Trukikaitis_Postimees, lk 50
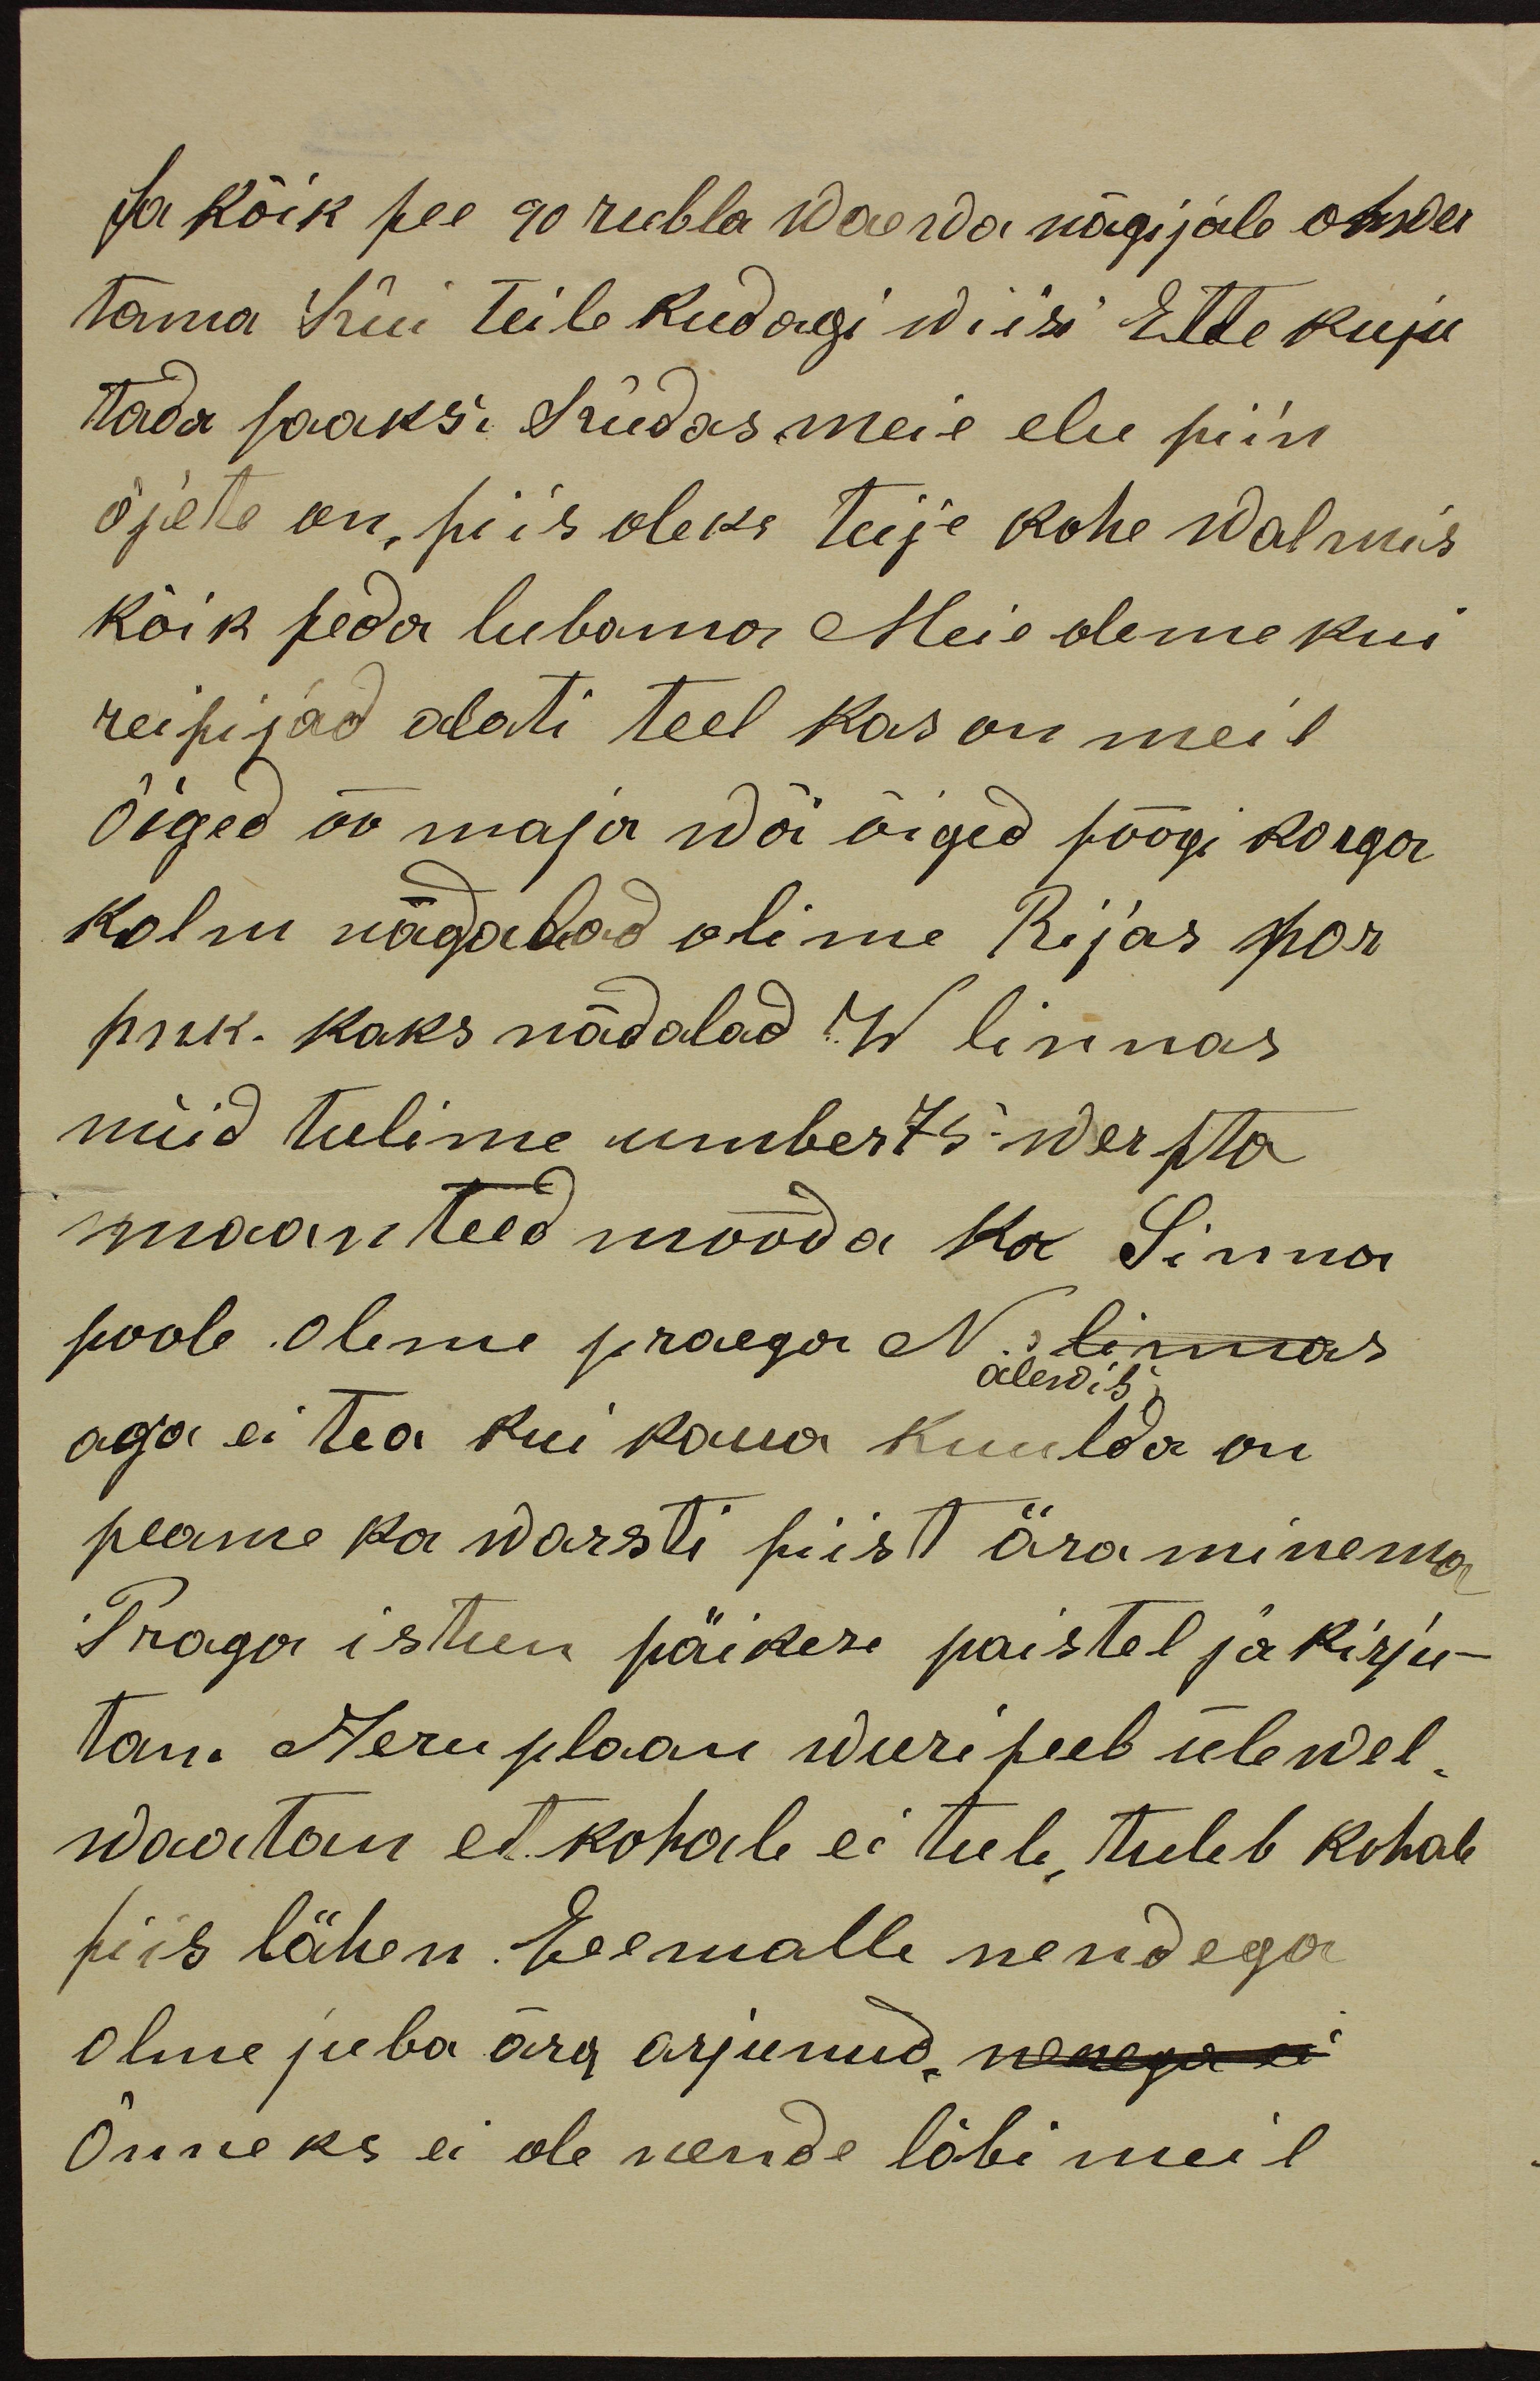
Ja kõik see 90 rubla waewa nägijale ohwer
tama Kui teile kudagi wiisi Ette kuju
tada saaks, Kudas meie elu siin
õjete on, siis oleks teije kohe walmis
kõik seda lubama Meie oleme kui
reisijad alati teel kas on meil
õiged öö maja wõi õiged söögi korga
kolm nädalad olime Rijas por
pnk. kaks nädalad W linnas
nüid tulime umber 75 wersta
maanteed mööda ka Sinna
poole. oleme praega N. linnas
alewis;
aga ei tea kui kaua kuulda on
peame ka warsti siist äraminema
Praga istun päikese paistel ja kirju-
tan. Aeruplaan wuriseeb ülewel.
waatan et kohale ei tule, tuleb kohale
siis lähen. Eeemalle nendega
olme juba ära arjunud. nenega ei
Õnneks ei ole nende läbi meil